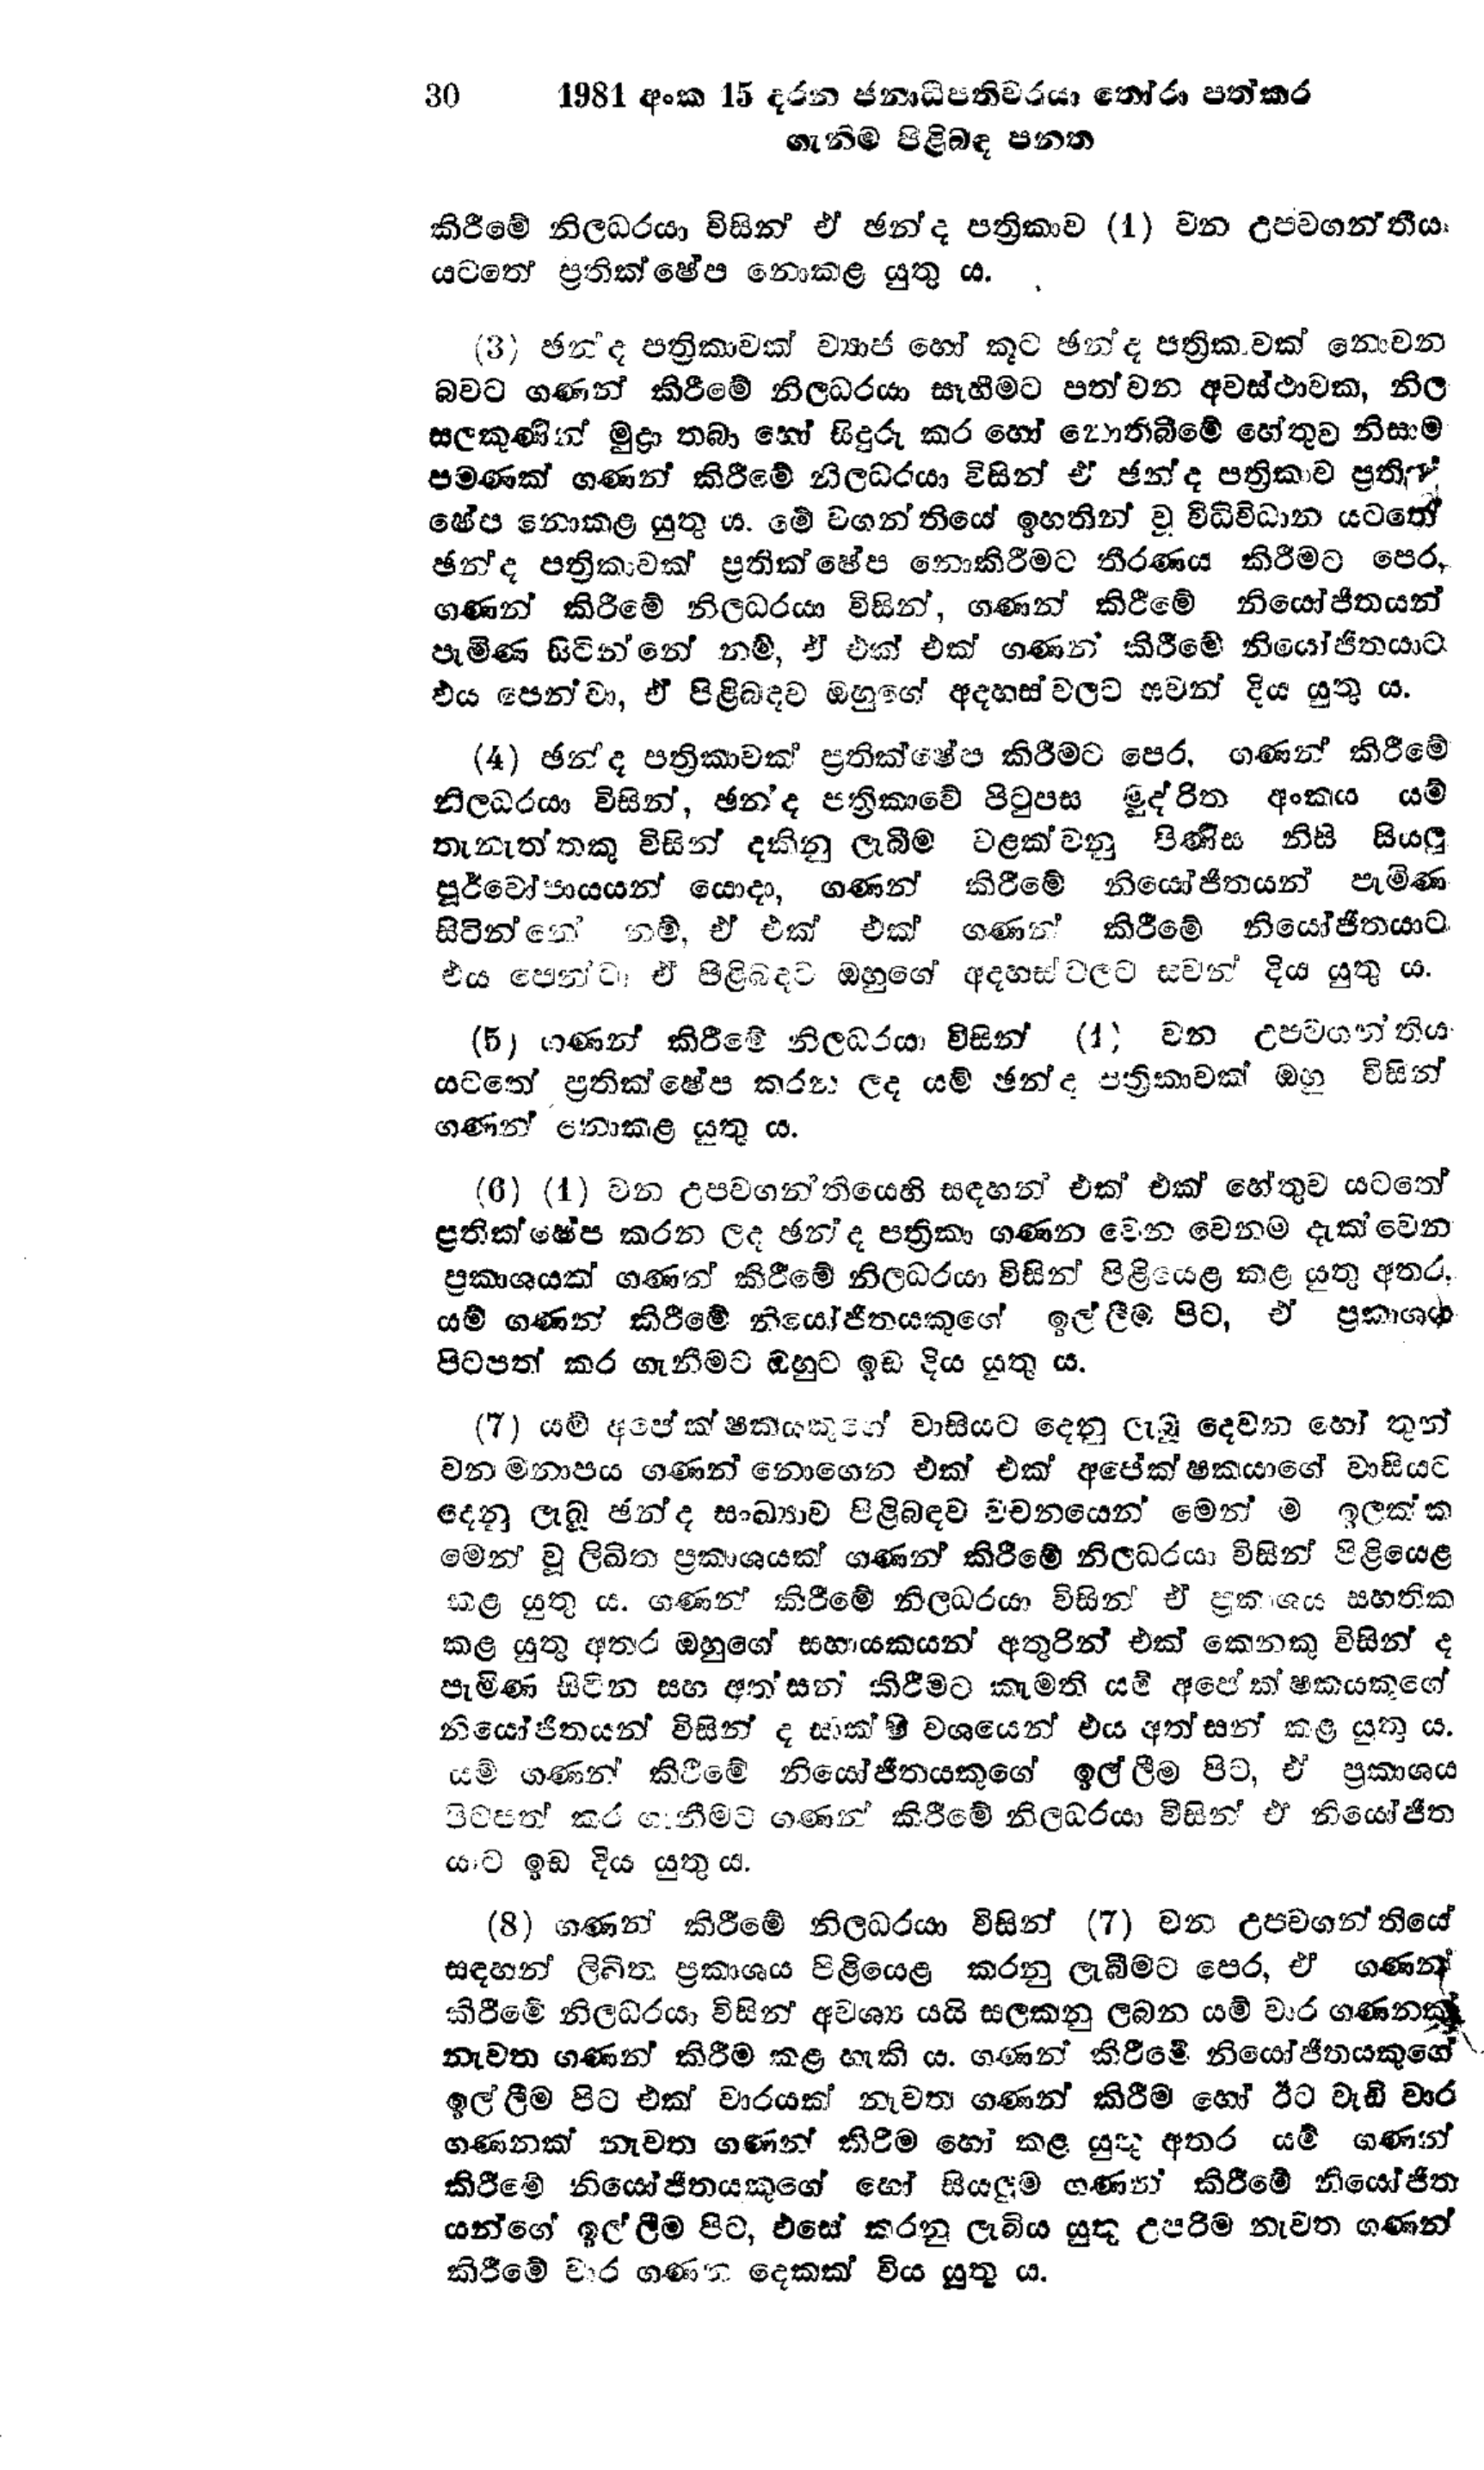
30	1981 අංක 15 දරන ජනාධිපතිවරයා තෝරා පත් කර
ගැනීම පිළිබඳ පනත

කිරීමේ නිලධරයා විසින් ඒ ඡන්ද පත්‍රිකාව (1) වන උපවගන්තිය
යටතේ ප්‍රතික්ෂේප  නොකළ යුතු ය.

(3) ඡන්ද පත්‍රිකාවක් ව්‍යාජ හෝ කූට ඡන්ද පත්‍රිකාවක් නොවන
බවට ගණන් කිරීමේ නිලධරයා සෑහීමට පත් වන අවස්ථාවක, නිල
සලකුණින් මුද්‍රා තබා හෝ සිදුරු කර හෝ නොතිබීමේ හේතුව නිසාම
පමණක් ගණන් කිරීමේ නිලධරයා විසින් ඒ ඡන්ද පත්‍රිකාව ප්‍රති‍
ෂේප නොකළ යුතුය. මේ වගන්තියේ ඉහතින් වු විධිවිධාන යටතේ
ඡන්ද පත්‍රිකාවක් ප්‍රතික්ෂේප නොකිරීමට තීරණය කිරීමට පෙර,
ගණන් කිරීමේ නිලධරයා විසින්, ගණන් කිරීමේ නියෝජිතයන්
පැමිණ සිටින්නේ නම්, ඒ එක් එක් ගණන් කිරීමේ නියෝජිතයාට
එය පෙන්වා, ඒ පිළිබදව ඔහුගේ අදහස් වලට සවන් දිය යුතුය.

(4) ඡන්ද පත්‍රිකාවක් ප්‍රතික්ෂේප කිරීමට පෙර, ගණන් කිරීමේ
නිලධරයා විසින්, ඡන්ද පත්‍රිකාවේ පිටුපස මුද්රිත අංකය යම්
තැනැත්තකු විසින් දකිනු ලැබීම වළක්වනු පිණිස නිසි සියලු
පූර්වෝපායයන් යොදා, ගණන් කිරීමේ නියෝජිතයන් පැමිණ
සිටින්නේ නම්, ඒ එක් එක් ගණන් කිරීමේ නියෝජිතයාට
එය පෙන්වා ඒ පිළිබඳව ඔහුගේ අදහස් වලට සවන් දිය යුතු ය.

(5) ගණන් කිරීමේ නිලධරයා විසින් (1) වන උපවගන්තිය
යටතේ ප්‍රතික්ෂේප කරන ලද යම් ඡන්ද පත්‍රිකාවක් ඔහු විසින්
ගණන් නොකළ යුතු ය.

(6) (1) වන උපවගන්තියෙහි සඳහන් එක් එක් හේතුව යටතේ
ප්‍රතික්ෂේප කරන ලද ඡන්ද පත්‍රිකා ගණන වෙන වෙනම දැක්වෙන
ප්‍රකාශයක් ගණන් කිරීමේ නිලධරයා විසින් පිළියෙළ කළ යුතු අතර,
යම් ගණන් කිරීමේ නියෝජිතයකුගේ ඉල්ලීම පිට, ඒ ප්‍රකාශය
පිටපත් කර ගැනීමට ඔහුට ඉඩ දිය යුතු ය.

(7) යම් අපේක්ෂකයකුගේ වාසියට දෙනු ලැබූ දෙවන හෝ තුන්
වන මනාපය ගණන් නොගෙන එක් එක් අපේක්ෂකයාගේ වාසියට
දෙනු ලැබූ ඡන්ද සංඛ්‍යාව පිළිබඳව වචනයෙන් මෙන් ම ඉලක්ක
මෙන් වූ ලිඛිත ප්‍රකාශයක් ගණන් කිරීමේ නිලධරයා විසින් පිළියෙළ
කළ යුතු ය. ගණන් කිරීමේ නිලධරයා විසින් ඒ ප්‍රකාශය සහතික
කළ යුතු අතර ඔහුගේ සහායකයන් අතුරින් එක් කෙනෙකු විසින් ද
පැමිණ සිටින සහ අත්සන් කිරීමට කැමති යම් අපේක්ෂකයකුගේ
නියෝජිතයන් විසින් ද සාක්ෂි වශයෙන් එය අත්සන් කළ යුතු ය.
යම් ගණන් කිරීමේ නියෝජිතයකුගේ ඉල්ලීම පිට, ඒ ප්‍රකාශය
පිටපත් කර ගැනීමට ගණන් කිරීමේ නිලධරයා විසින් ඒ නියෝජිත
යාට ඉඩ දිය යුතු ය.

(8) ගණන් කිරීමේ නිලධරයා විසින් (7) වන උපවගන්තියේ
සඳහන් ලිඛිත. ප්‍රකාශය පිළියෙළ කරනු ලැබීමට පෙර, ඒ ගණන්
කිරීමේ නිලධරයා විසින් අවශ්‍ය යයි සලකනු ලබන යම් වාර ගණනක්
නැවත ගණන් කිරීම කළ හැකි ය. ගණන් කිරීමේ නියෝජිතයකුගේ
ඉල්ලීම පිට එක් වාරයක් නැවත ගණන් කිරීම හෝ ඊට වැඩි වාර
ගණනක් නැවත ගණන් කිරීම හෝ කළ යුතු අතර යම් ගණන්
කිරීමේ නියෝජිතයකුගේ හෝ සියලුම ගණන් කිරීමේ නියෝජිත
යන්ගේ ඉල්ලීම පිට, එසේ කරනු ලැබිය යුතු උපරිම නැවත ගණන්
කිරීමේ වාර ගණන දෙකක් විය යුතු ය.